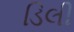
ડિલી